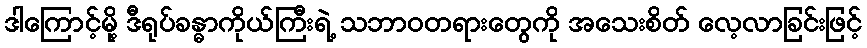
ဒါကြောင့်မို့ ဒီရုပ်ခန္ဓာကိုယ်ကြီးရဲ့ သဘာဝတရားတွေကို အသေးစိတ် လေ့လာခြင်းဖြင့်